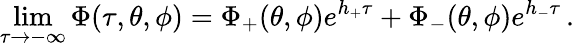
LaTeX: \operatorname*{lim}_{\tau\to-\infty}\Phi(\tau,\theta,\phi)=\Phi_{+}(\theta,\phi)e^{h_{+}\tau}+\Phi_{-}(\theta,\phi)e^{h_{-}\tau}\, .